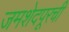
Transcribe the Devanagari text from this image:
जमशेदपूरची